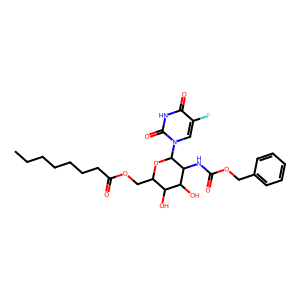
SMILES: CCCCCCCC(=O)OCC1OC(n2cc(F)c(=O)[nH]c2=O)C(NC(=O)OCc2ccccc2)C(O)C1O
Inhibits HIV replication: No